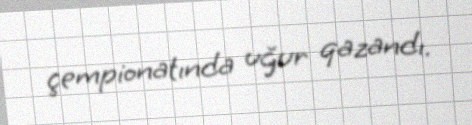
çempionatında uğur qazandı.